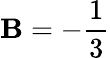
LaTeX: \mathbf{B}=-{\frac{{1}}{{3}}}